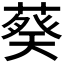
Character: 𬞂